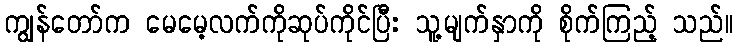
ကျွန်တော်က မေမေ့လက်ကိုဆုပ်ကိုင်ပြီး သူ့မျက်နှာကို စိုက်ကြည့် သည်။